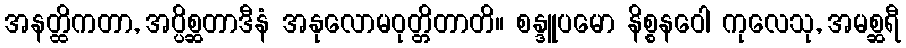
အနတ္ထိကတာ, အပ္ပိစ္ဆတာဒီနံ အနုလောမဝုတ္တိတာတိ။ စန္ဒူပမော နိစ္စနဝေါ ကုလေသု, အမစ္ဆရီ